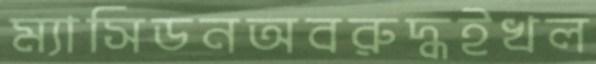
ম্যাসিডনঅবরুদ্ধইখল